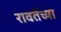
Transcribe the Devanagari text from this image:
रावतेंच्या